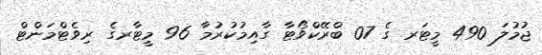
ޖުމުލަ 490 މީޓަރ ގެ 07 ބްރޭކްވޯޓާ ގާއިމުކުރުމާ 96 މީޓާރގެ ރިވެޓްމަންޓް